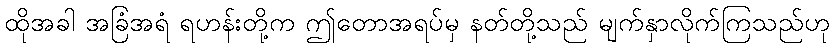
ထိုအခါ အခြံအရံ ရဟန်းတို့က ဤတောအရပ်မှ နတ်တို့သည် မျက်နှာလိုက်ကြသည်ဟု